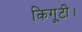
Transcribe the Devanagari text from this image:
किगूटी।